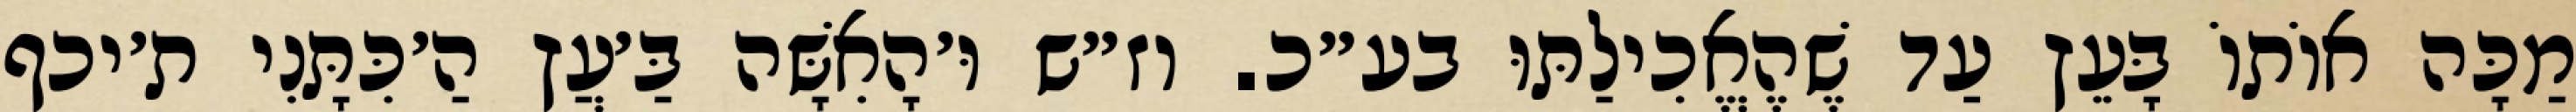
מַכָּה אוֹתוֹ בָּעֵץ עַד שֶׁהֶאֱכִילַתּוּ בע״כ. וז״ש וּ׳הָאִשָּׁה בַּ׳עֲץ הַ׳כִּתָּנִי ת׳יכף